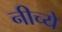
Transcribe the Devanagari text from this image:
नीच्ये